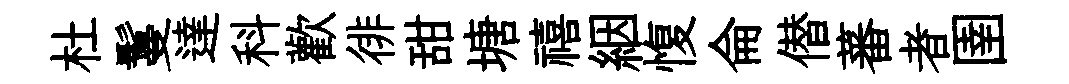
杜鬘達科歡徘甜塘禧絪愎侖僣蕃者圉